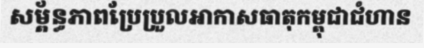
សម្ព័ន្ធភាពប្រែប្រួលអាកាសធាតុកម្ពុជាជំហាន